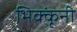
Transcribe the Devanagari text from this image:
भिक्कूंनी